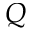
Q